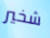
شخير